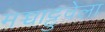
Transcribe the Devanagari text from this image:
मच्चाट्टुवेला